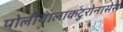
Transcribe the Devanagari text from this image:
पोलीगालाकटुरोनासेस